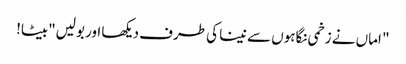
" اماں نے زخمی نگاہوں سے نینا کی طرف دیکھا اور بولیں"بیٹا!